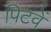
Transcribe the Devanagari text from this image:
पिटवें